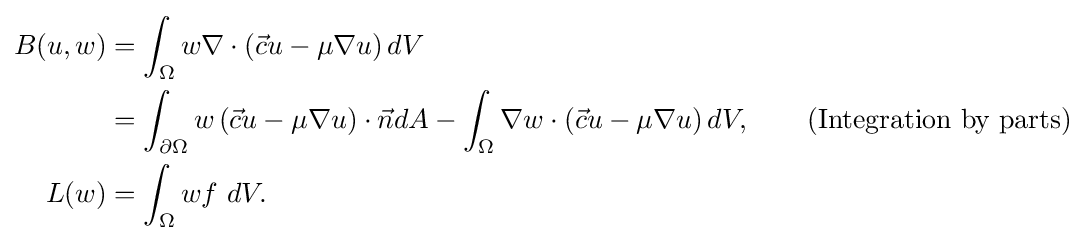
{\begin{aligned}B(u,w)&=\int _{\Omega }w\nabla \cdot \left({\vec {c}}u-\mu \nabla u\right)dV\\&=\int _{\partial \Omega }w\left({\vec {c}}u-\mu \nabla u\right)\cdot {\vec {n}}dA-\int _{\Omega }\nabla w\cdot \left({\vec {c}}u-\mu \nabla u\right)dV,\qquad {\text{(Integration by parts)}}\\L(w)&=\int _{\Omega }wf\ dV.\end{aligned}}